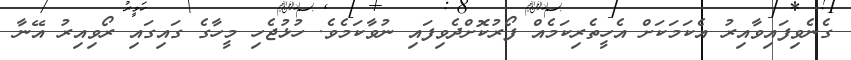
ގެނެވިފައިވާއިރު އެކަމަކަށް އެހީތެރިކަމެއް ފޯރުކޮށްދެވިފައި ނުވާކަމެވެ. ހުޅުޖެހި މީހާގެ ގައިގައި ރޯވިއިރު އޭނާ